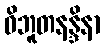
ဝိဘူတနန္ဒိနာ